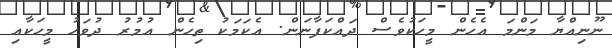
ނޫނިއްޔާ މަންމަ އެހެން މީހަކުވެސް ދައްކަފާނަން. އެކަމަކު ތިހެން އުމުރު ދުވަހު މީހަކާއި